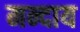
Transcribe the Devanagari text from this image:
मन्दाय